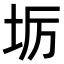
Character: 𭎅